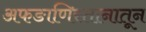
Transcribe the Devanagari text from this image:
अफङाणिस्तानातून